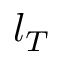
l _ { T }